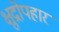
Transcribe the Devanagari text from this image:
क्षुद्रोपहार